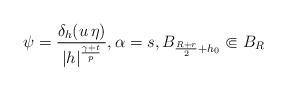
LaTeX: \begin{align*}\psi=\frac{\delta_h (u\,\eta)}{|h|^\frac{\gamma+t}{p}},\alpha=s,B_{\frac{R+r}{2}+h_0}\Subset B_{R}\end{align*}